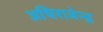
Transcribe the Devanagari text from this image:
अधिराजेन्द्र